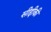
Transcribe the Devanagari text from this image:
सीद्दीकी